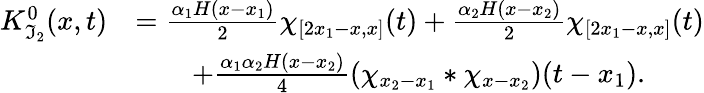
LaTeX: \begin{array}{rl}{K_{\mathfrak{I}_{2}}^{0}(x,t)}&{=\frac{\alpha_{1}H(x-x_{1})}{2}\chi_{[2x_{1}-x,x]}(t)+\frac{\alpha_{2}H(x-x_{2})}{2}\chi_{[2x_{1}-x,x]}(t)}\\ &{\qquad+\frac{\alpha_{1}\alpha_{2}H(x-x_{2})}{4}\left(\chi_{x_{2}-x_{1}}\ast\chi_{x-x_{2}}\right)(t-x_{1}).}\end{array}